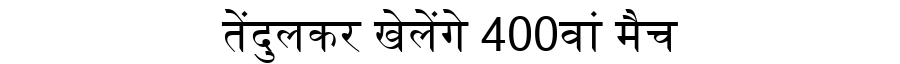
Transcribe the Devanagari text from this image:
तेंदुलकर खेलेंगे 400वां मैच